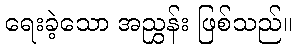
ရေးခဲ့သော အညွှန်း ဖြစ်သည်။